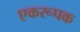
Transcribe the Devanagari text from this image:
एकरूपक